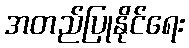
အတည်ပြုနိုင်ရေး